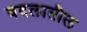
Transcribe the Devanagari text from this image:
बदलातील